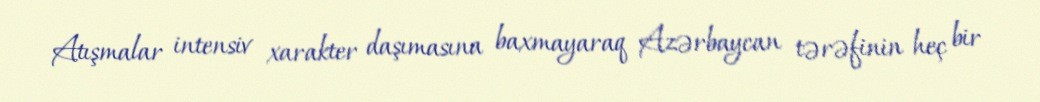
Atışmalar intensiv xarakter daşımasına baxmayaraq Azərbaycan tərəfinin heç bir